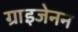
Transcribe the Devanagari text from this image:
ग्राइजेनन